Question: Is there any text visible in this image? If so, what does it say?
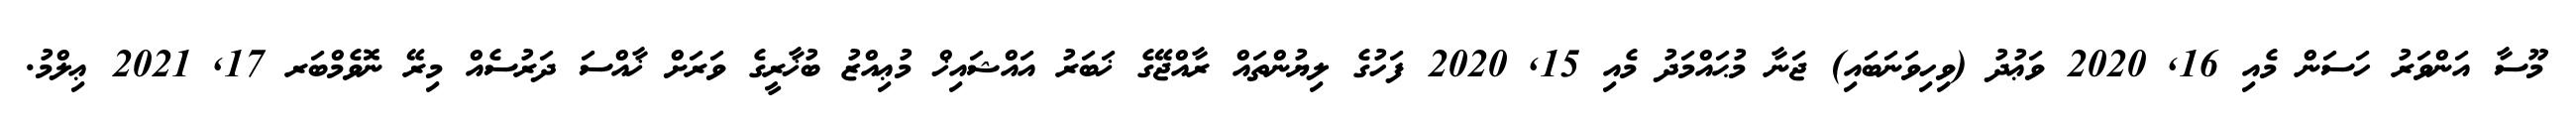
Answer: މޫސާ އަންވަރު ހަސަން މެއި 16, 2020 ވަޢުދު (ވިހިވަނަބައި) ޖަނާ މުޙައްމަދު މެއި 15, 2020 ފަހުގެ ލިޔުންތައް ރާއްޖޭގެ ޚަބަރު އައްޝައިޚް މުޢިއްޒު ބުޚާރީގެ ވަރަށް ޚާއްސަ ދަރުސެއް މިރޭ ނޮވެމްބަރ 17, 2021 ޢިލްމު.